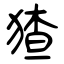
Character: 猹